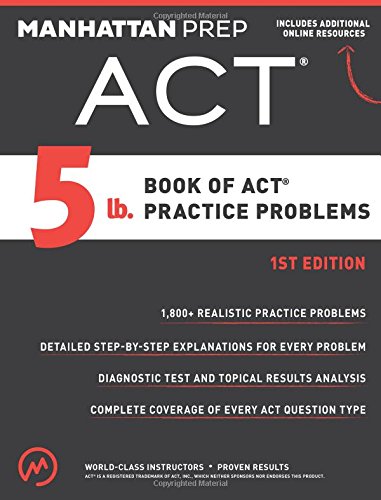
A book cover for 5 lb. Book of ACT Practice Problems; Manhattan Prep; Test Preparation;